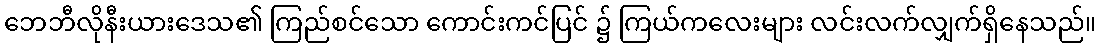
ဘေဘီလိုနီးယားဒေသ၏ ကြည်စင်သော ကောင်းကင်ပြင် ၌ ကြယ်ကလေးများ လင်းလက်လျှက်ရှိနေသည်။